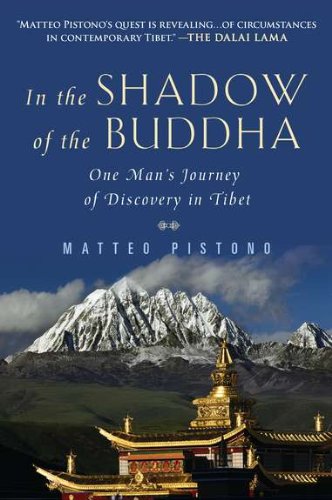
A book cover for In the Shadow of the Buddha: One Man's Journey of Discovery in Tibet; Matteo Pistono; Biographies & Memoirs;